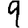
Digit: 9